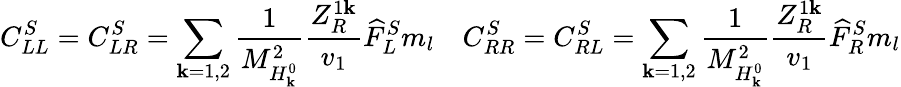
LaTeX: C_{LL}^{S}=C_{LR}^{S}=\sum_{\mathbf{k}=1,2}{\frac{{1}}{{M_{H_{\mathbf{k}}^{0}}^{2}}}}{\frac{{Z_{R}^{1\mathbf{k}}}}{{v_{1}}}}\widehat{{F}}_{L}^{S}m_{l}~~~~C_{RR}^{S}=C_{RL}^{S}=\sum_{\mathbf{k}=1,2}{\frac{{1}}{{M_{H_{\mathbf{k}}^{0}}^{2}}}}{\frac{{Z_{R}^{1\mathbf{k}}}}{{v_{1}}}}\widehat{{F}}_{R}^{S}m_{l}